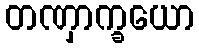
တဏှာက္ခယော